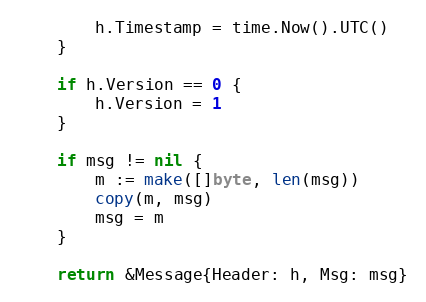
Language: Go
		h.Timestamp = time.Now().UTC()
	}

	if h.Version == 0 {
		h.Version = 1
	}

	if msg != nil {
		m := make([]byte, len(msg))
		copy(m, msg)
		msg = m
	}

	return &Message{Header: h, Msg: msg}